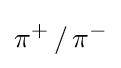
\mathrm {\pi } ^{+}\,/\,\mathrm {\pi } ^{-}